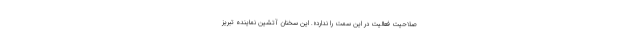
صلاحیت فعالیت در این سمت را ندارد». این سخنان آتشین نماینده تبریز